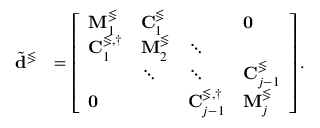
\begin{array} { r l } { \tilde { \mathbf { d } } ^ { \lessgtr } } & { = \left[ \begin{array} { l l l l } { \mathbf { M } _ { 1 } ^ { \lessgtr } } & { \mathbf { C } _ { 1 } ^ { \lessgtr } } & & { \mathbf { 0 } } \\ { \mathbf { C } _ { 1 } ^ { \lessgtr , \dagger } } & { \mathbf { M } _ { 2 } ^ { \lessgtr } } & { \ddots } \\ & { \ddots } & { \ddots } & { \mathbf { C } _ { j - 1 } ^ { \lessgtr } } \\ { \mathbf { 0 } } & & { \mathbf { C } _ { j - 1 } ^ { \lessgtr , \dagger } } & { \mathbf { M } _ { j } ^ { \lessgtr } } \end{array} \right] . } \end{array}